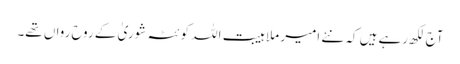
آج لکھ رہے ہیں کہ نئے امیر ملا ہیبت اللہ کوئٹہ شوریٰ کے روح رواں تھے۔